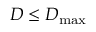
D \leq D _ { \operatorname* { m a x } }